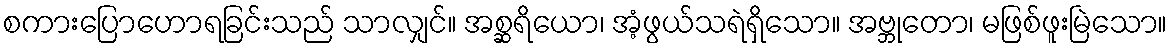
စကားပြောဟောရခြင်းသည် သာလျှင်။ အစ္ဆရိယော၊ အံ့ဖွယ်သရဲရှိသော။ အဗ္ဘုတော၊ မဖြစ်ဖူးမြဲသော။